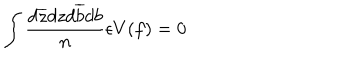
\int \frac { d \overline { { { z } } } d z d \overline { { { b } } } d b } { n } \epsilon V ( f ) = 0